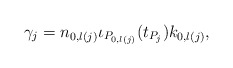
\begin{align*}\gamma_j=n_{0,l(j)}\iota_{P_{0,l(j)}}(t_{P_j})k_{0,l(j)}, \end{align*}